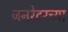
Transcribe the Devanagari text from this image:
जनरेटरच्या